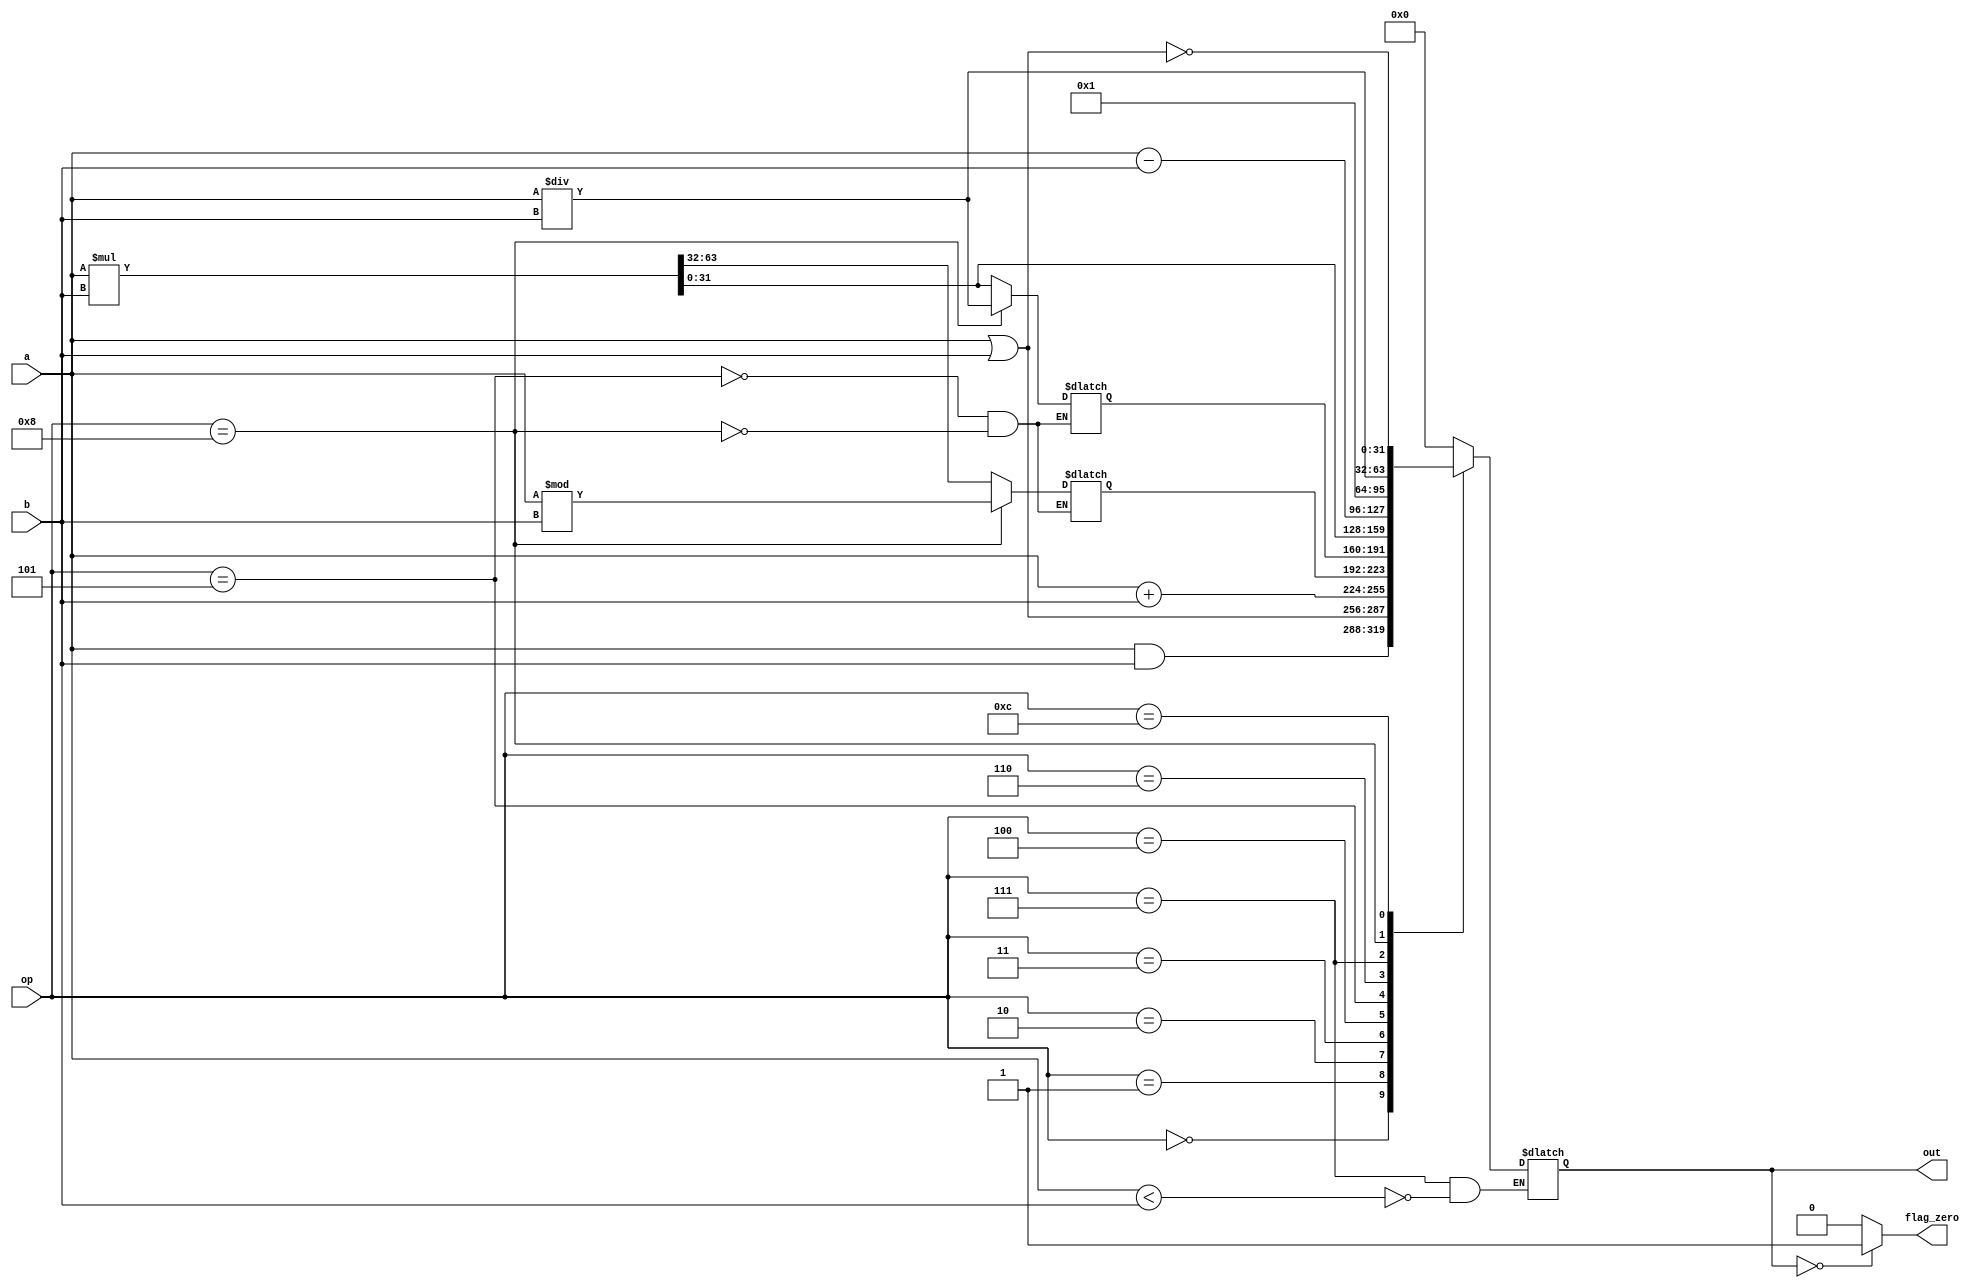
module ALU(out, flag_zero, a, b, op);

output reg [31:0] out;
output reg flag_zero;
input [31:0] a, b;
input [3:0] op;

reg [31:0] HI, LO;

always@(*) begin
	case(op)
	0: out <= a & b;
	1: out <= a | b;
	2: out <= a + b;
	3: out <= HI;
	4: out <= LO;
	5: 
	begin
	{HI, LO} = a * b;
	out <= LO;
	end
	6: out <= a - b;
	7: 
	begin 
	if(a < b)
		out <= 32'b1;
	end
	8: 
	begin
	LO = a / b;
	HI = a % b;
	out <= LO;
	end
	12: out <= ~(a | b);
	default: out <= 32'b0;
	endcase

	if(out == 0)
		flag_zero <= 1'b1;
	else
		flag_zero <= 1'b0;

end // always


endmodule